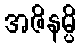
အဇိနမ္ပိ